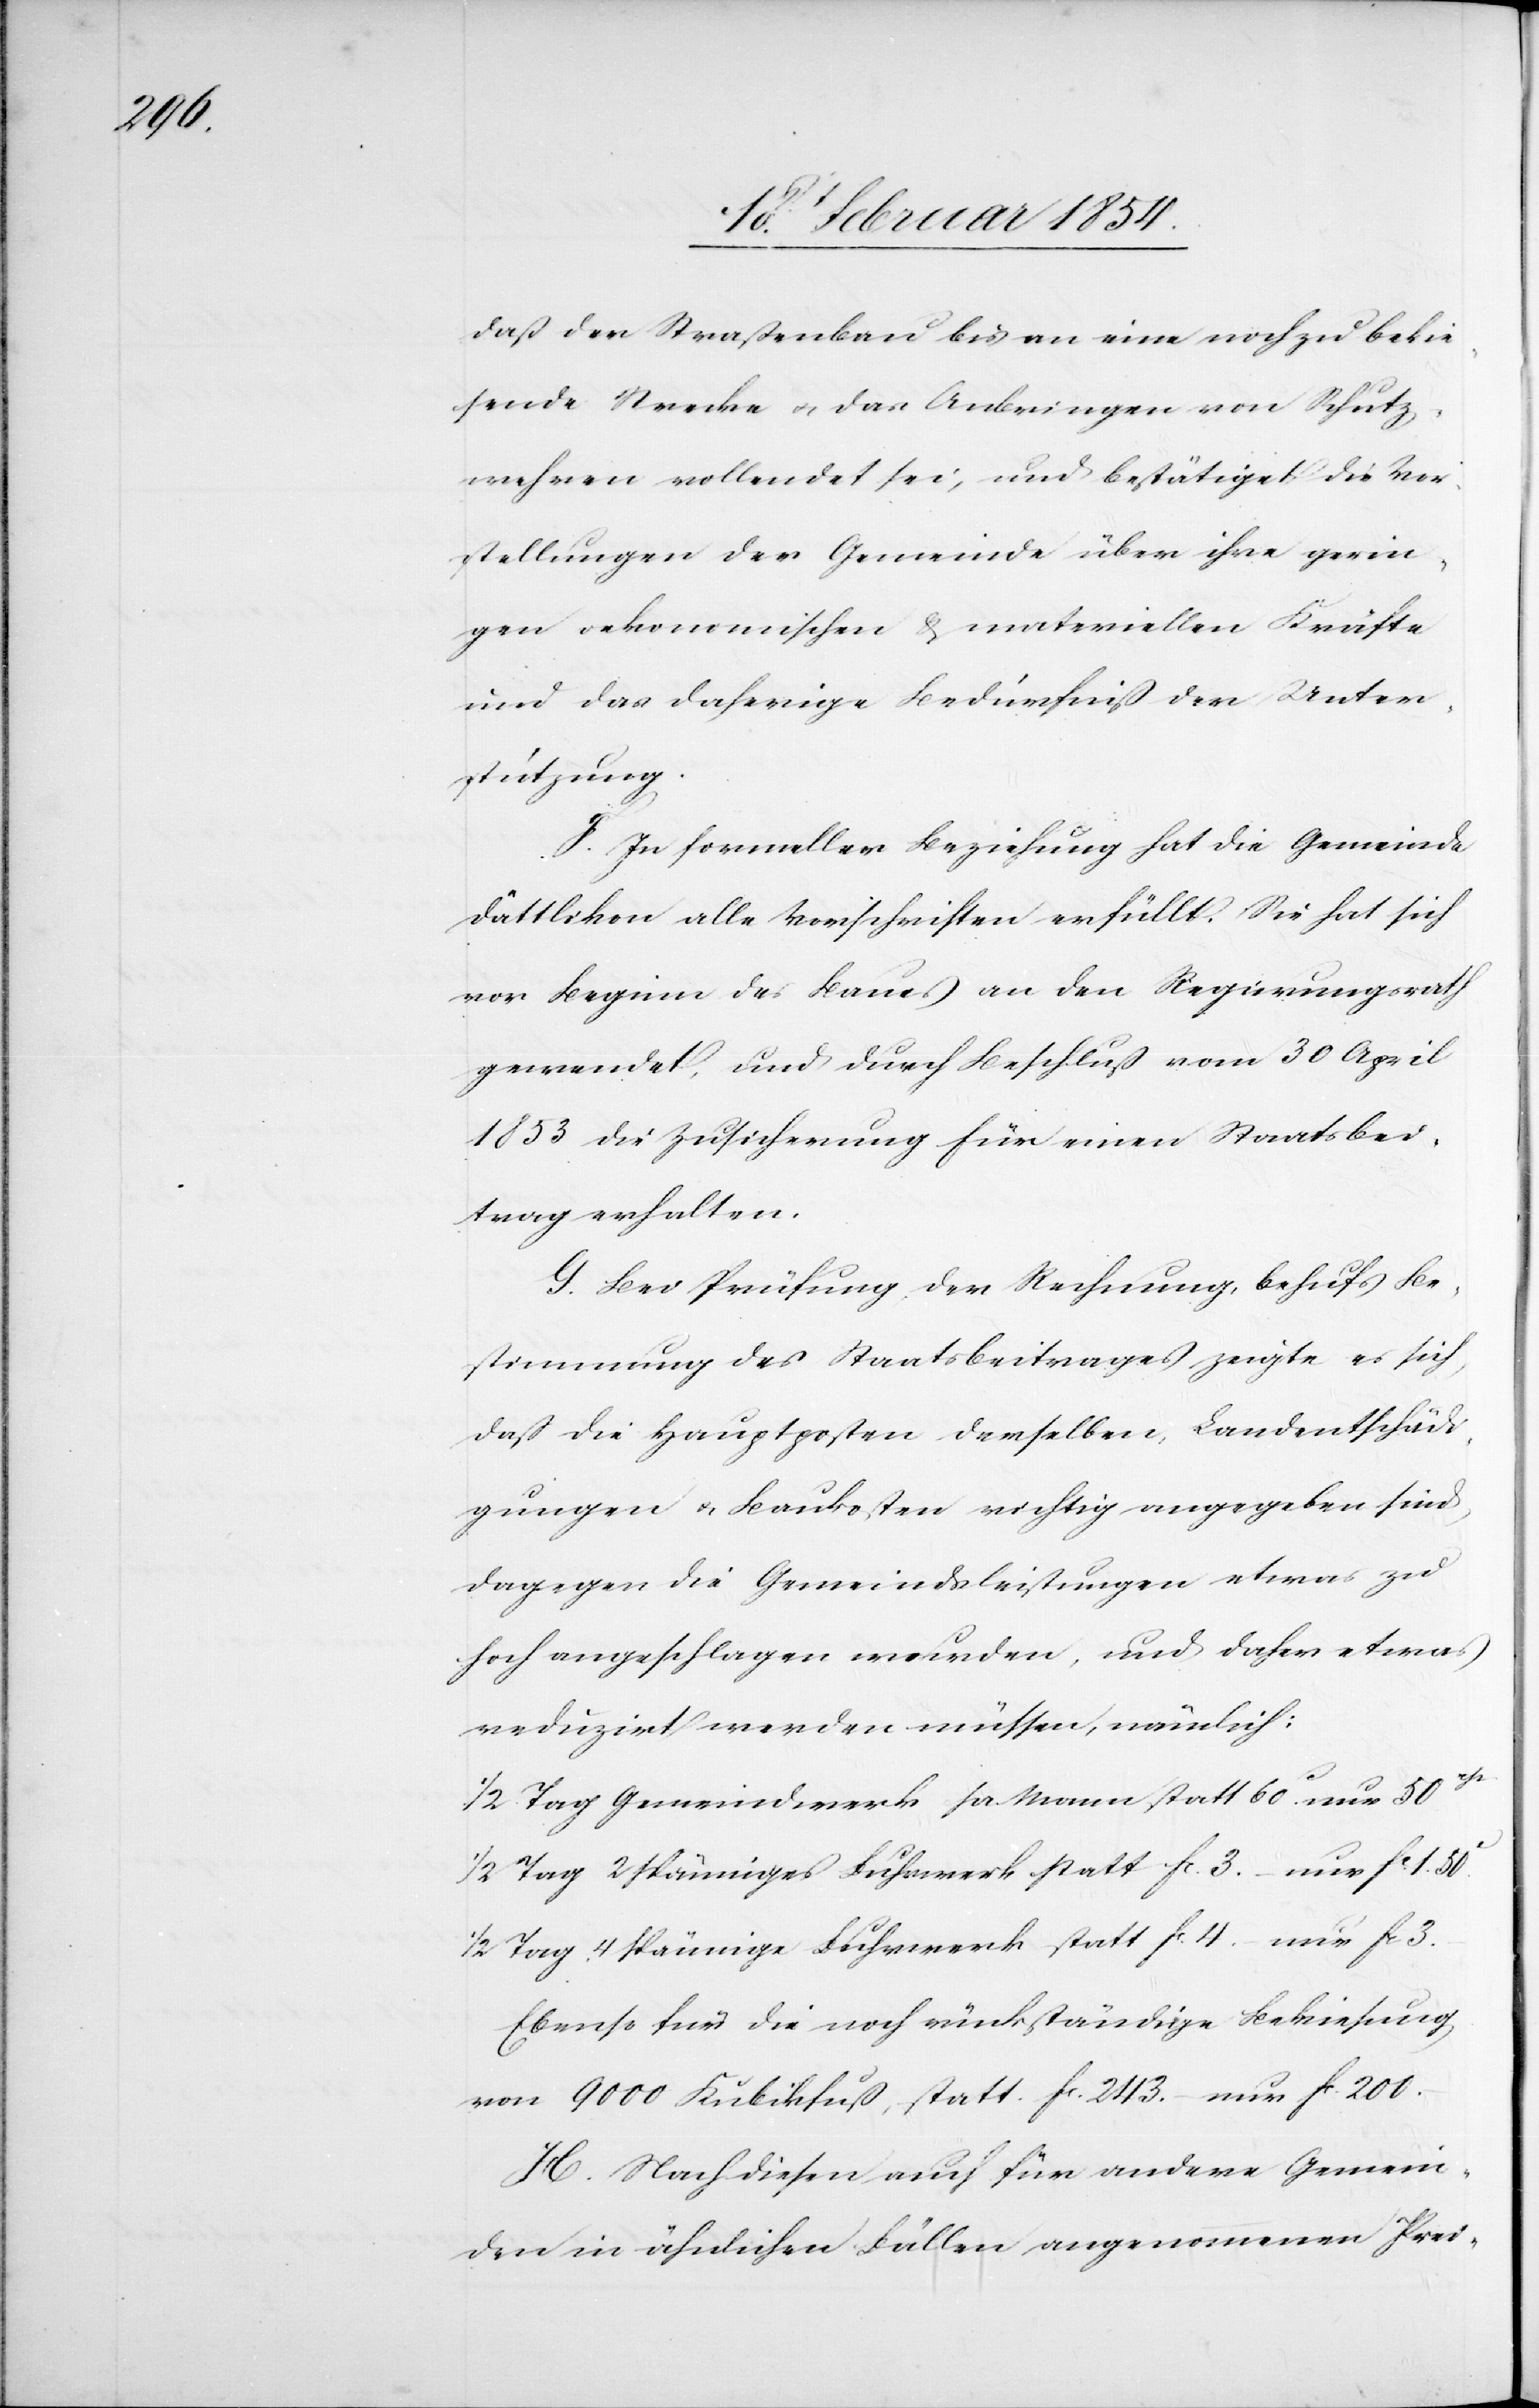
daß der Straßenbau bis an eine noch zu bekie¬
sende Strecke u. das Anbringen von Schutz¬
wuhren vollendet sei, und bestätiget die Vor¬
stellungen der Gemeinde über ihre gerin¬
gen oekonomischen & materiellen Kräfte
und das daherige Bedürfniß der Unter¬
stützung.
E] In formeller Beziehung hat die Gemeinde
Dättlikon alle Vorschriften erfüllt. Sie hat sich
vor Beginn des Baues an den Regierungsrath
gewendet, und durch Beschluß vom 30 April
1853 die Zusicherung für einen Staatsbei¬
trag erhalten.
G. Bei Prüfung der Rechnung, behufs Be¬
stimmung des Staatsbeitrages zeigte es sich,
daß die Hauptposten demselben, Landentschädi¬
gungen u. Baukosten richtig angegeben sind,
dagegen die Gemeindsleistungen etwas zu
hoch angeschlagen wurden, und daher etwas
reduzirt werden müssen, nämlich:
½ Tag Gemeindswerk pr. Mann statt 60.c nur 50rp.
½ Tag 4 spännige[s] Fuhrwerk statt Fc. 4.– nur Fc. 3.–
Ebenso für die noch rückständige Bekiesung
von 9000 Kubikfuß, statt Fc. 243.– nur Fc. 200.–
H. Nach diesen auch für andere Gemein¬
den in ähnlichen Fällen angenommenen Prei-